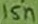
Text: 15n